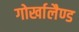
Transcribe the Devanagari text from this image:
गोर्खालैण्ड